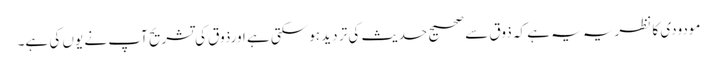
مودودی کا نظریہ یہ ہے کہ ذوق سے صحیح حدیث کی تر دید ہوسکتی ہے اورذوق کی تشریح آپ نے یوں کی ہے۔